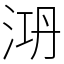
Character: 㳩